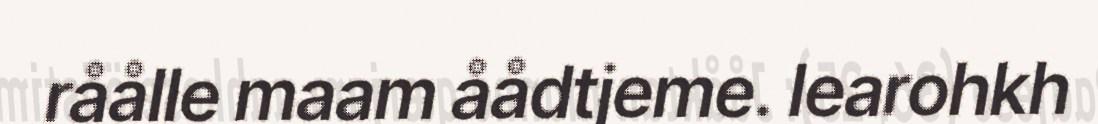
råålle maam åådtjeme. learohkh